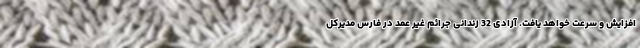
افزایش و سرعت خواهد یافت. آزادی 32 زندانی جرائم غیر عمد در فارس مدیرکل